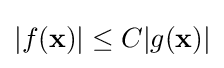
|f(\mathbf {x} )|\leq C|g(\mathbf {x} )|